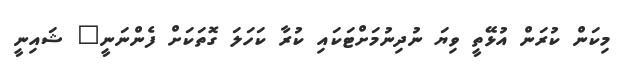
މިކަން ކުރަން އުޅޭތީ ވިޔަ ނުދިނުމަށްޓަކައި ކުރާ ކަހަލަ ގޮތަކަށް ފެންނަނީ" ޝައިނީ